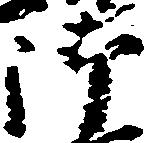
御